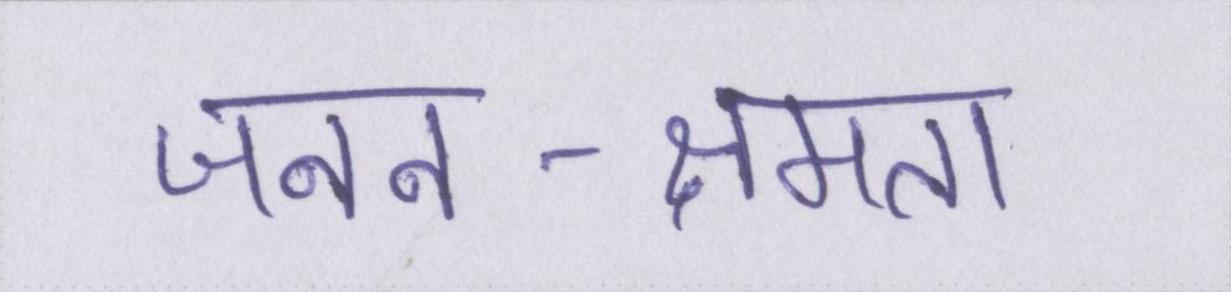
जनन-क्षमता